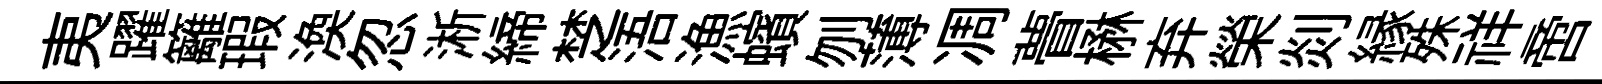
夷躍籬瑕渙忽淅締椘浯漁蠙刎薄凋瞢楙弃榮剡縁殊祥啻